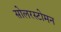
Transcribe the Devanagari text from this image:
सोलरस्टोमन